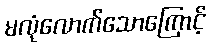
မလုံလောက်သောကြောင့်